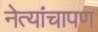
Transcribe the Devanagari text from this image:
नेत्यांचापण